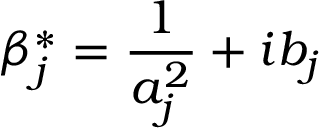
\beta _ { j } ^ { * } = \frac { 1 } { a _ { j } ^ { 2 } } + i b _ { j }